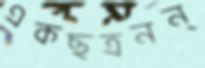
একছত্রনন্